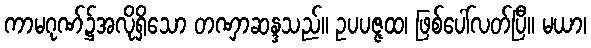
ကာမဂုဏ်၌အလိုရှိသော တဏှာဆန္ဒသည်။ ဥပပဇ္ဇထ၊ ဖြစ်ပေါ်လတ်ပြီ။ မယာ၊